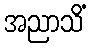
အညာသိံ